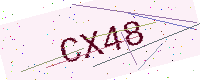
Text: CX48